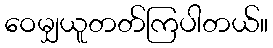
ဝေမျှယူတတ်ကြပါတယ်။